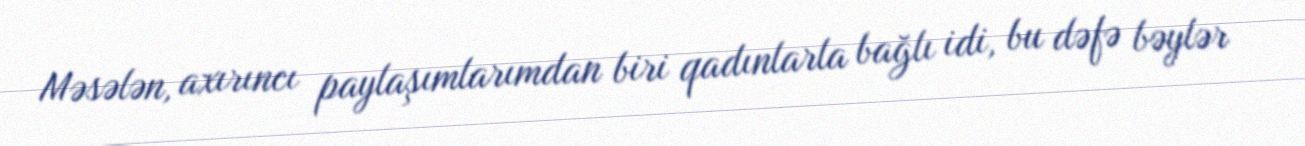
Məsələn, axırıncı paylaşımlarımdan biri qadınlarla bağlı idi, bu dəfə bəylər